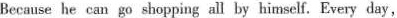
Because he can go shopping all by himself. Every day,